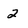
Character: 2